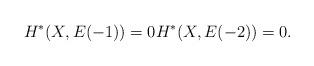
LaTeX: \begin{align*}H^\ast(X, E(-1))= 0 H^\ast(X,E(-2)) = 0.\end{align*}